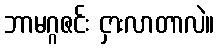
ဘာမဂ္ဂဇင်း ငှားလာတာလဲ။